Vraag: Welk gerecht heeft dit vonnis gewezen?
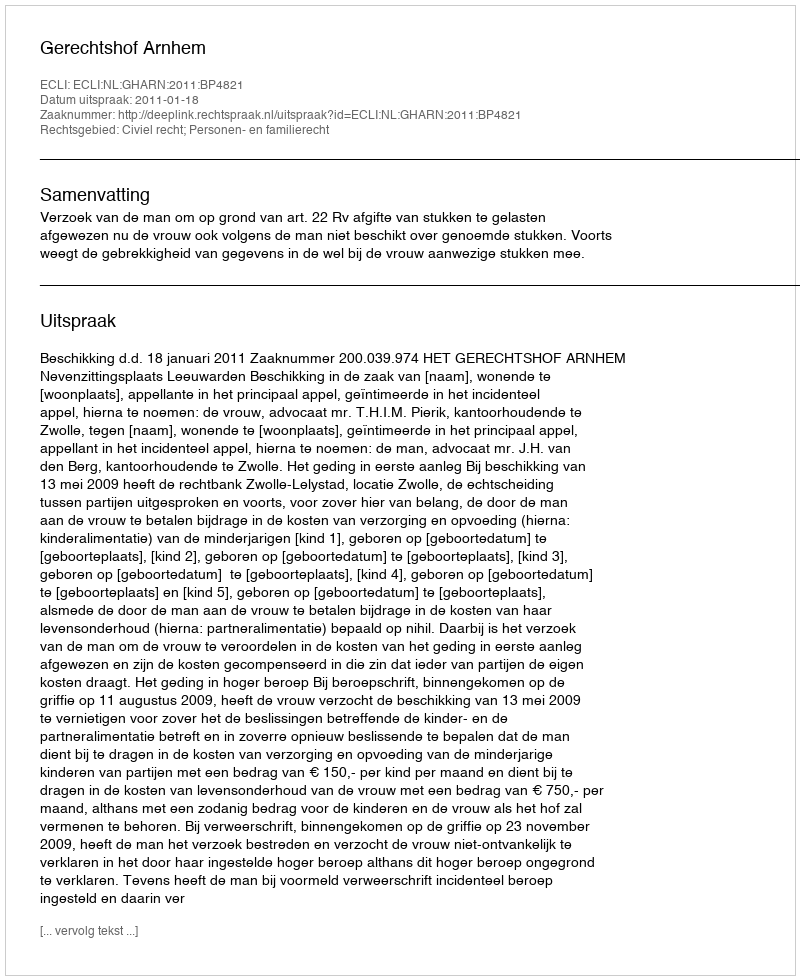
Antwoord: Gerechtshof Arnhem